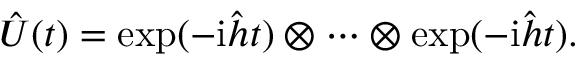
\begin{array} { r } { \hat { U } ( t ) = \exp ( - \mathrm { i } \hat { h } t ) \otimes \cdots \otimes \exp ( - \mathrm { i } \hat { h } t ) . } \end{array}